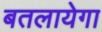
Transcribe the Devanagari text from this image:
बतलायेगा